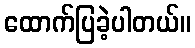
ထောက်ပြခဲ့ပါတယ်။